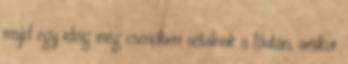
majd egy ideig még csendben sétálnak a főután, amikor